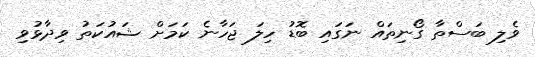
ވެލި ބަސްތާ ގޯނިތައް ނަގައި ބޮޑު ހިލަ ޖަހާނެ ކަމަށް ޝައުކަތު ވިދާޅުވި